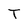
Character: T